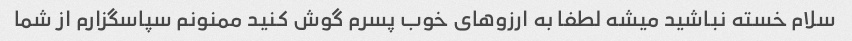
سلام خسته نباشید میشه لطفا به ارزوهای خوب پسرم گوش کنید ممنونم سپاسگزارم از شما